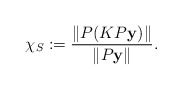
\begin{align*}\chi_S := \dfrac{ \Vert P(KP{\bf y})\Vert }{ \Vert P{\bf y} \Vert}.\end{align*}